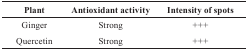
| Plant | Antioxidant activity | Intensity of spots |
 | --- | --- | --- |
 | Ginger | Strong | +++ |
 | Quercetin | Strong | +++ |